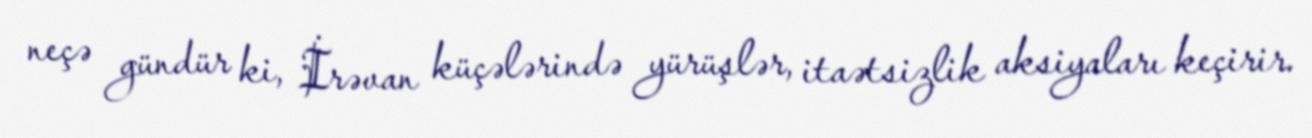
neçə gündür ki, İrəvan küçələrində yürüşlər, itaətsizlik aksiyaları keçirir.